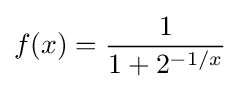
f(x)={\frac {1}{1+2^{-1/x}}}